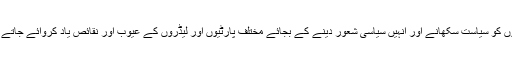
لوگوں کو سیاست سکھانے اور انہیں سیاسی شعور دینے کے بجائے مختلف پارٹیوں اور لیڈروں کے عیوب اور نقائص یاد کروائے جاتے ہیں۔